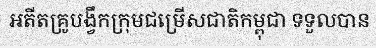
អតីតគ្រូបង្វឹកក្រុមជម្រើសជាតិកម្ពុជា ទទួលបាន